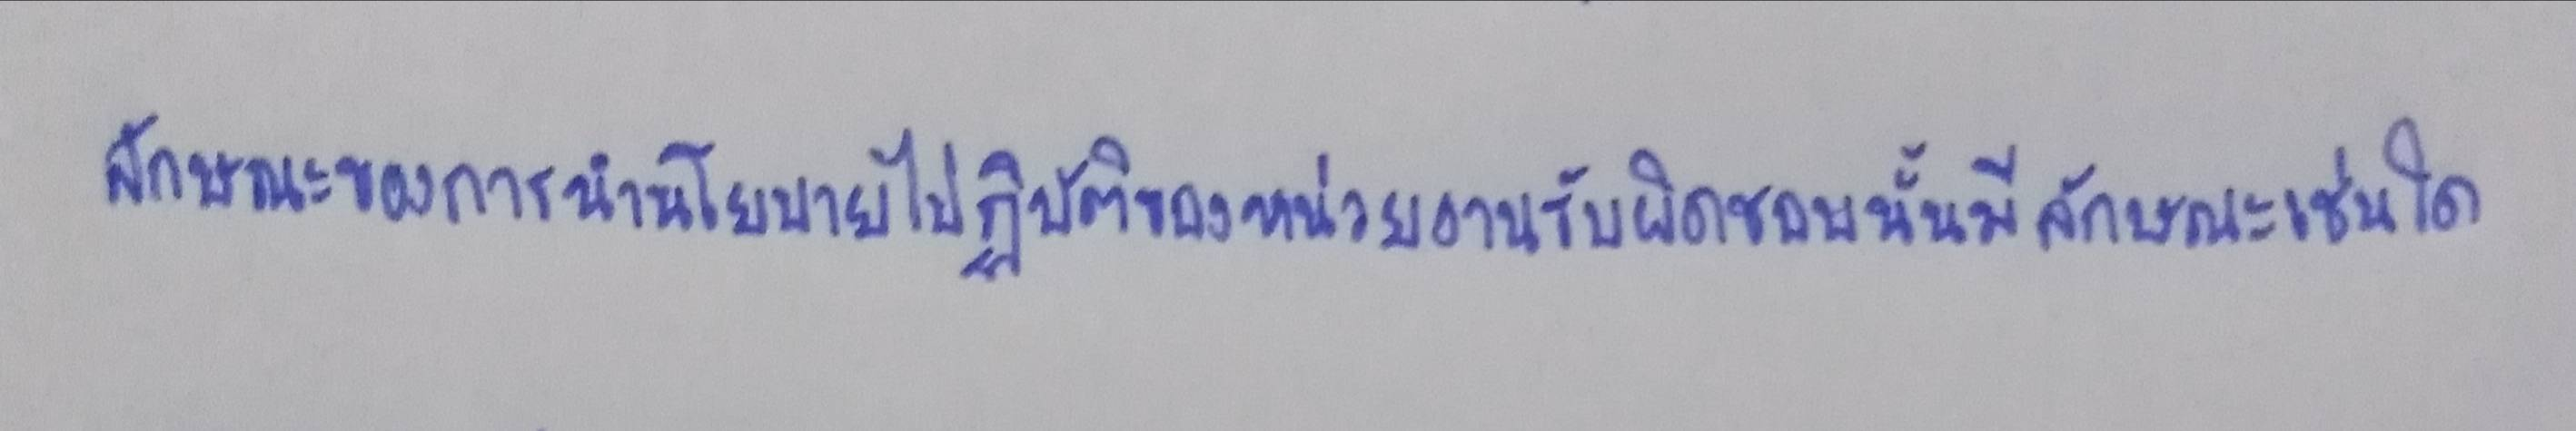
ลักษณะของการนำนโยบายไปปฏิบัติของหน่วยงานรับผิดชอบนั้นมีลักษณะเช่นใด